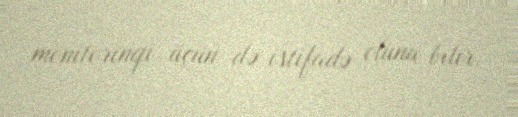
monitorinqi üçün də istifadə oluna bilir.